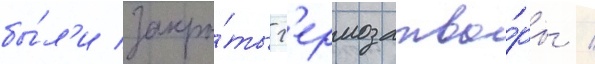
бы́л'и закры́ты г'ермозатво́ры /